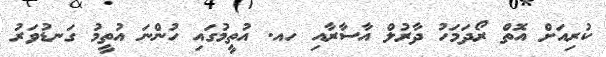
ކުރިއަށް އޮތް ރޯދަމަހު ދާރުލް އާސާރާއި ހއ. އުތީމުގައި ހުންނަ އުތީމު ގަނޑުވަރު